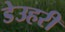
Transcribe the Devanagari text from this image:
डेउहरी